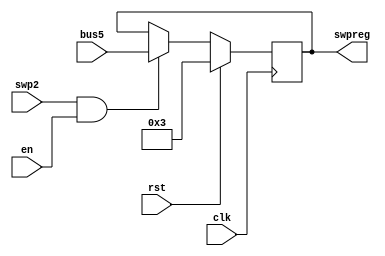
module R16(swpreg,bus5,en,rst,swp2,clk
    );
input en,rst,swp2;
input clk;
input [17:0] bus5;
output [17:0] swpreg;

reg [17:0] swpreg=18'd3;

always @ (negedge clk) begin
	if (rst)
		swpreg<=18'd3;

	else if (swp2 & en)
	swpreg<= bus5;

end
		
endmodule